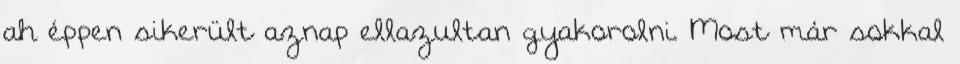
ah éppen sikerült aznap ellazultan gyakorolni. Most már sokkal